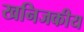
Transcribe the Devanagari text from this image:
खनिजकीय